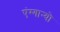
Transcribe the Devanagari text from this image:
एंग्गान्यो